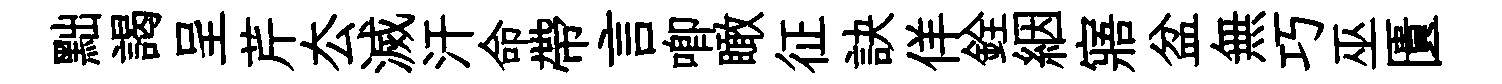
黜謁呈芹厺滅汗命帶言唧瞰征訣佯銓絪寤盆無巧巫匱